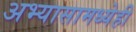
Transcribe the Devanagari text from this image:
अभ्यासामध्येही